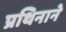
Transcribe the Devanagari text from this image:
प्रथिनाने